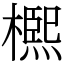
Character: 𣜠